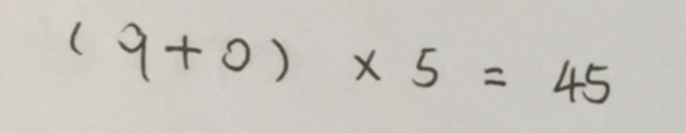
( 9 + 0 ) \times 5 = 4 5